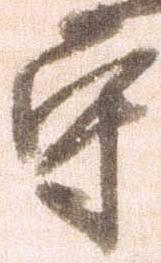
守